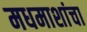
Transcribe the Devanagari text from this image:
मधमाशांचा